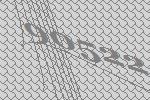
90522